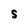
Character: S